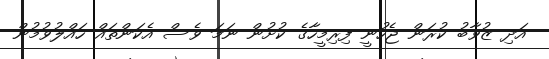
އަދި ޒުވާބު ކުރަން ޖެހުނީ ފިރިމީހާގެ ކުށުން ނަމަ ވެސް އެކަންތައް ހައްލުވުމުން